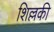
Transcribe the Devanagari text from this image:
शिल्लकी